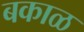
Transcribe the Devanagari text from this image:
बकाळ